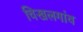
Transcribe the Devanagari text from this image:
चिखलगांव